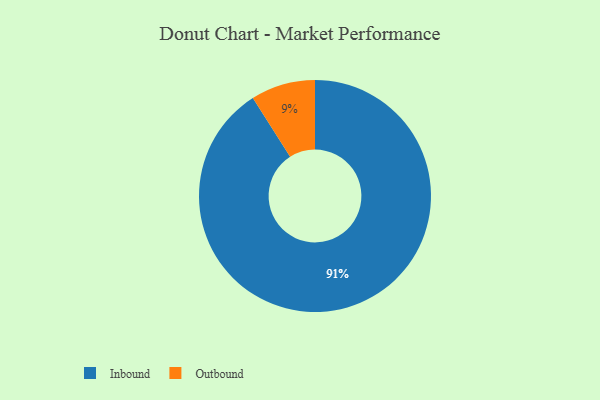
{"axis": {"x": "Category", "y": "Percentage"}, "legend": ["Inbound", "Outbound"], "data": [{"x": "Inbound", "y": 91, "type": "Inbound"}, {"x": "Outbound", "y": 9, "type": "Outbound"}]}